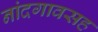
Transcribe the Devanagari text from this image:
नांदगावसह